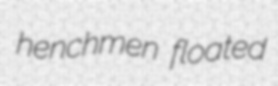
henchmen floated